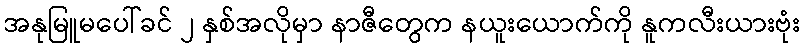
အနုမြူမပေါ်ခင် ၂ နှစ်အလိုမှာ နာဇီတွေက နယူးယောက်ကို နူကလီးယားဗုံး